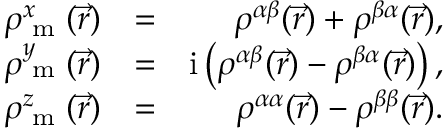
\begin{array} { r l r } { \rho _ { \textrm { m } } ^ { x } ( \vec { r } ) } & { = } & { \rho ^ { \alpha \beta } ( \vec { r } ) + \rho ^ { \beta \alpha } ( \vec { r } ) , } \\ { \rho _ { \textrm { m } } ^ { y } ( \vec { r } ) } & { = } & { \mathrm { i } \left( \rho ^ { \alpha \beta } ( \vec { r } ) - \rho ^ { \beta \alpha } ( \vec { r } ) \right) , } \\ { \rho _ { \textrm { m } } ^ { z } ( \vec { r } ) } & { = } & { \rho ^ { \alpha \alpha } ( \vec { r } ) - \rho ^ { \beta \beta } ( \vec { r } ) . } \end{array}